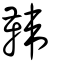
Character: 𩋾